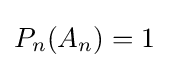
P_{n}(A_{n})=1